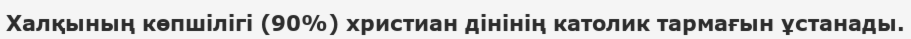
Халқының көпшілігі (90%) христиан дінінің католик тармағын ұстанады.